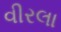
વીરલા